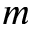
m